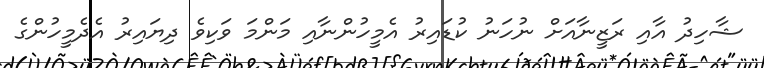
ޝާހިދު އާއި ރަޒީނާއަށް ނުހަނު ކުޑައިރު އެމީހުންނާއި މަންމަ ވަކިވެ ދިޔައިރު އެދެމީހުންގެ